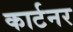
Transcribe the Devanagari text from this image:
कार्टनर